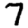
Digit: 7